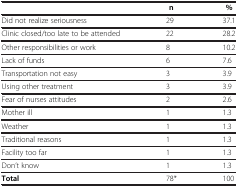
<table><thead><tr><td><b> </b></td><td><b>n</b></td><td><b>%</b></td></tr></thead><tbody><tr><td>Did not realize seriousness</td><td>29</td><td>37.1</td></tr><tr><td>Clinic closed/too late to be attended</td><td>22</td><td>28.2</td></tr><tr><td>Other responsibilities or work</td><td>8</td><td>10.2</td></tr><tr><td>Lack of funds</td><td>6</td><td>7.6</td></tr><tr><td>Transportation not easy</td><td>3</td><td>3.9</td></tr><tr><td>Using other treatment</td><td>3</td><td>3.9</td></tr><tr><td>Fear of nurses attitudes</td><td>2</td><td>2.6</td></tr><tr><td>Mother ill</td><td>1</td><td>1.3</td></tr><tr><td>Weather</td><td>1</td><td>1.3</td></tr><tr><td>Traditional reasons</td><td>1</td><td>1.3</td></tr><tr><td>Facility too far</td><td>1</td><td>1.3</td></tr><tr><td>Don’t know</td><td>1</td><td>1.3</td></tr><tr><td><b>Total</b></td><td>78*</td><td>100</td></tr></tbody></table>